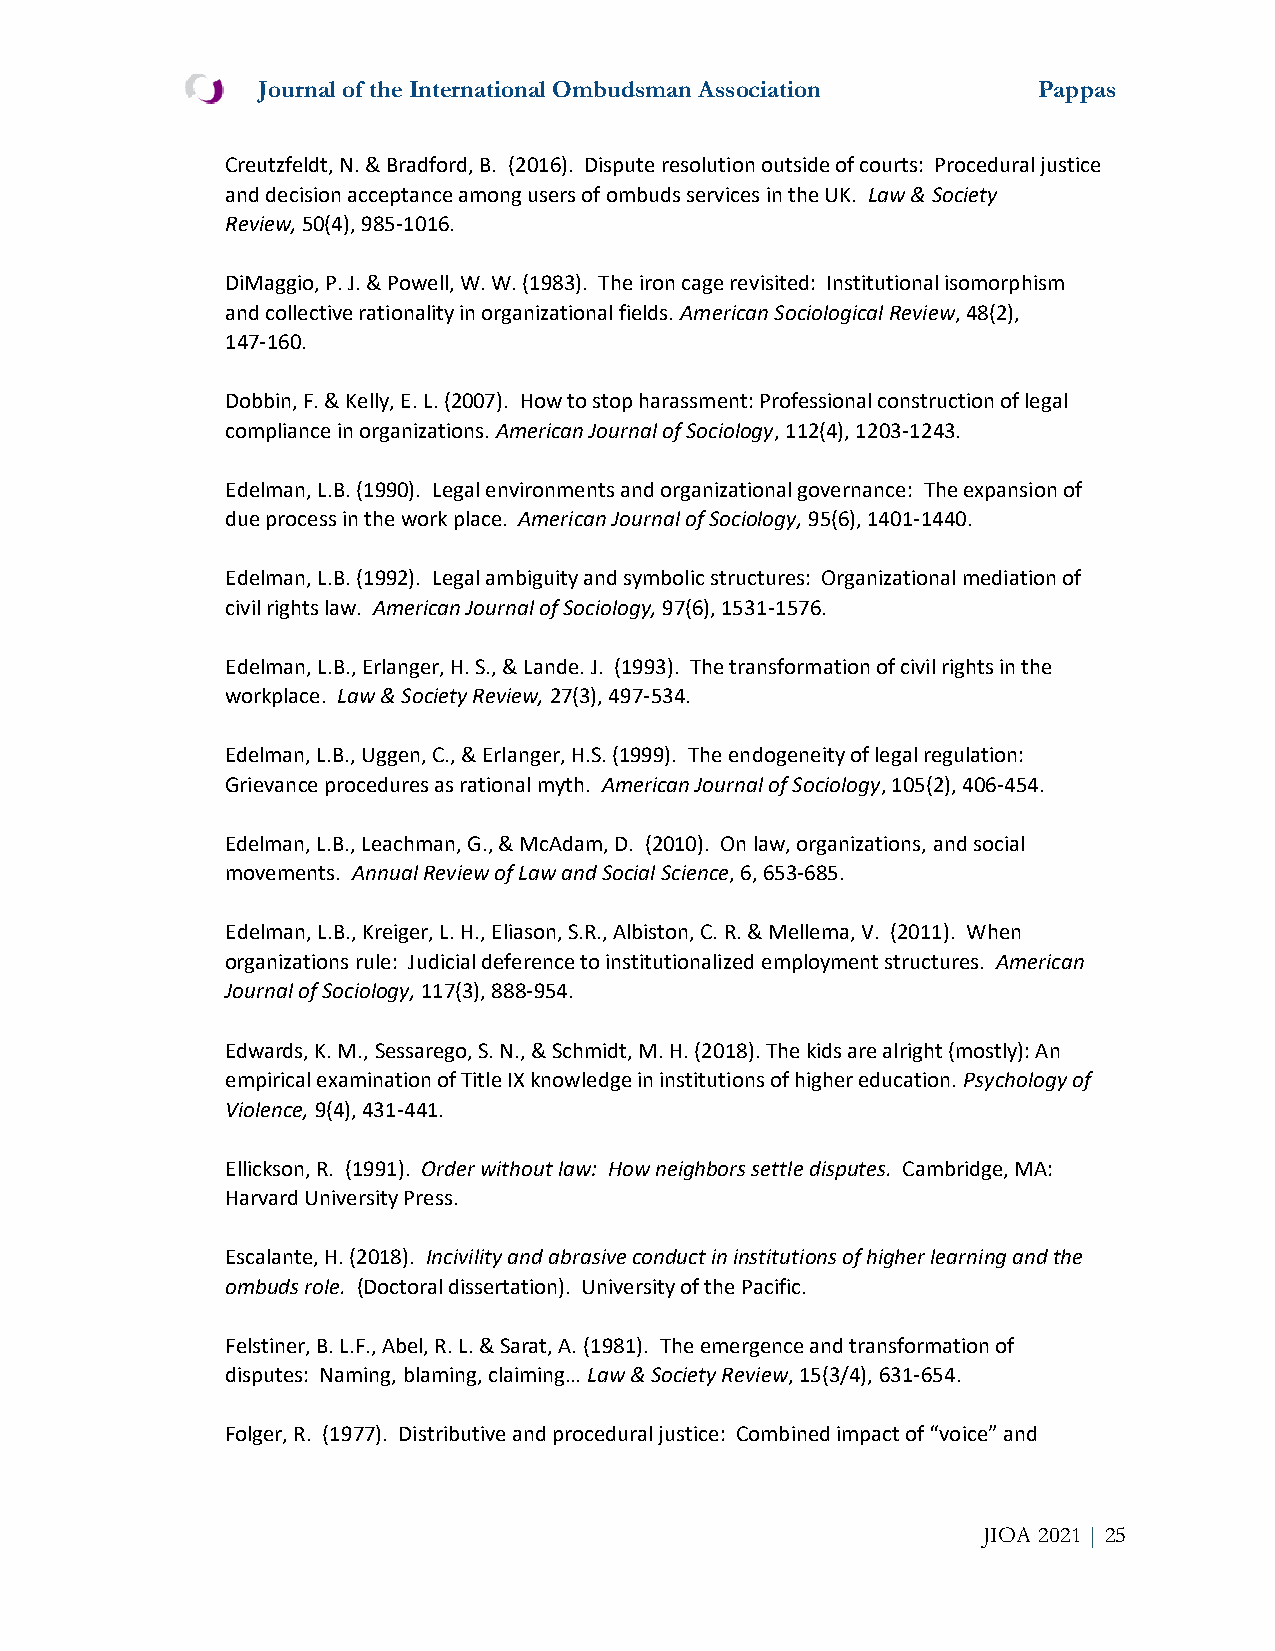
Journal of the International Ombudsman Association  Pappas
 Creutzfeldt, N. & Bradford, B. (2016). Dispute resolution outside of courts: Procedural justice
 and decision acceptance among users of ombuds services in the UK. Law & Society
 Review, 50(4), 985-1016.
 DiMaggio, P. J. & Powell, W. W. (1983). The iron cage revisited: Institutional isomorphism
 and collective rationality in organizational fields. American Sociological Review, 48(2),
 147-160.
 Dobbin, F. & Kelly, E. L. (2007). How to stop harassment: Professional construction of legal
 compliance in organizations. American Journal of Sociology, 112(4), 1203-1243.
 Edelman, L.B. (1990). Legal environments and organizational governance: The expansion of
 due process in the work place. American Journal of Sociology, 95(6), 1401-1440.
 Edelman, L.B. (1992). Legal ambiguity and symbolic structures: Organizational mediation of
 civil rights law. American Journal of Sociology, 97(6), 1531-1576.
 Edelman, L.B., Erlanger, H. S., & Lande. J. (1993). The transformation of civil rights in the
 workplace. Law & Society Review, 27(3), 497-534.
 Edelman, L.B., Uggen, C., & Erlanger, H.S. (1999). The endogeneity of legal regulation:
 Grievance procedures as rational myth. American Journal of Sociology, 105(2), 406-454.
 Edelman, L.B., Leachman, G., & McAdam, D. (2010). On law, organizations, and social
 movements. Annual Review of Law and Social Science, 6, 653-685.
 Edelman, L.B., Kreiger, L. H., Eliason, S.R., Albiston, C. R. & Mellema, V. (2011). When
 organizations rule: Judicial deference to institutionalized employment structures. American
 Journal of Sociology, 117(3), 888-954.
 Edwards, K. M., Sessarego, S. N., & Schmidt, M. H. (2018). The kids are alright (mostly): An
 empirical examination of Title IX knowledge in institutions of higher education. Psychology of
 Violence, 9(4), 431-441.
 Ellickson, R. (1991). Order without law: How neighbors settle disputes. Cambridge, MA:
 Harvard University Press.
 Escalante, H. (2018). Incivility and abrasive conduct in institutions of higher learning and the
 ombuds role. (Doctoral dissertation). University of the Pacific.
 Felstiner, B. L.F., Abel, R. L. & Sarat, A. (1981). The emergence and transformation of
 disputes: Naming, blaming, claiming… Law & Society Review, 15(3/4), 631-654.
 Folger, R. (1977). Distributive and procedural justice: Combined impact of “voice” and
 JIOA 2021 | 25